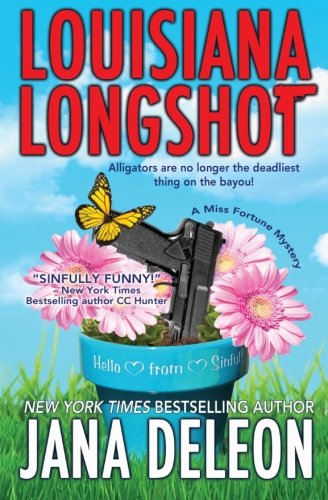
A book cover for Louisiana Longshot: A Miss Fortune Mystery (Volume 1); Jana DeLeon; Mystery, Thriller & Suspense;